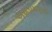
અથડામણનો